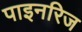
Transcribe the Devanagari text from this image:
पाइनरिज